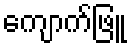
ကျောက်ဖြူ